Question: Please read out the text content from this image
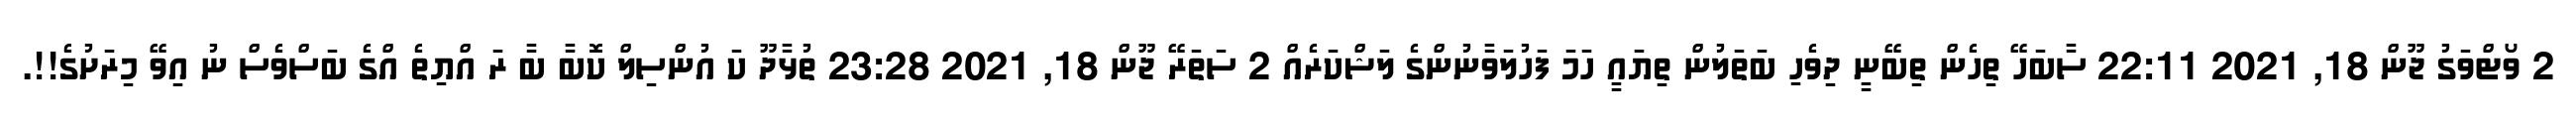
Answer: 2 ވޯޓްވަގު ޖޫން 18, 2021 22:11 ސާބަހޭ ތިހެން ތިބޭނީ ދިވެހި ބަތަލުން ތިޔައީ ހަމަ ފަހުލަވާނުންގެ ލަޝްކަރެއް 2 ސަތަރޭ ޖޫން 18, 2021 23:28 ތުޅާދޫ ކަ އުންސިލް ކޮބާ ބާ ރަ އްޔިތެ އްގެ ބަސްވެސް ނު އިވޭ މިރަށުގެ!!.